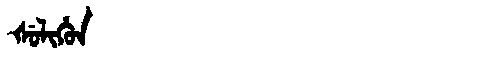
Manchu: ᡧᡠᠯᡳᡥᡠᠨ
Romanization: ŠULIHUN